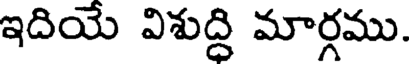
ఇదియే విశుద్ధి మార్గము.